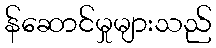
န်ဆောင်မှုများသည်